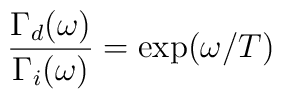
\frac{\Gamma_d(\omega )}{\Gamma_i(\omega )}  =  \exp (\omega /T)